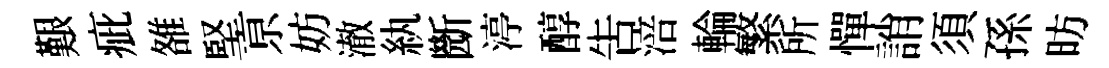
艱疵雒堅亰妨澈紈㫁渟醇吿涪輪繁所憚誚須孫昉